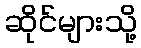
ဆိုင်များသို့